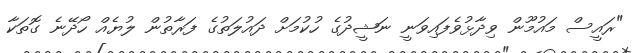
"ރައީސް މައުމޫން ވިދާޅުވެފައިވަނީ ނަޝީދުގެ ހުކުމަށް ދައުލަތުގެ ފަރާތުން ލުޔެއް ހޯދޭނެ ގޮތަކާ